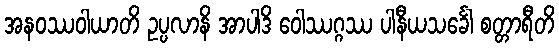
အနဝဿဝါယာတိ ဥပ္ပလာနိ အာပါဒိ ဝေါဿဂ္ဂဿ ပါနီယသင်္ခေါ စတ္တာရီတိ